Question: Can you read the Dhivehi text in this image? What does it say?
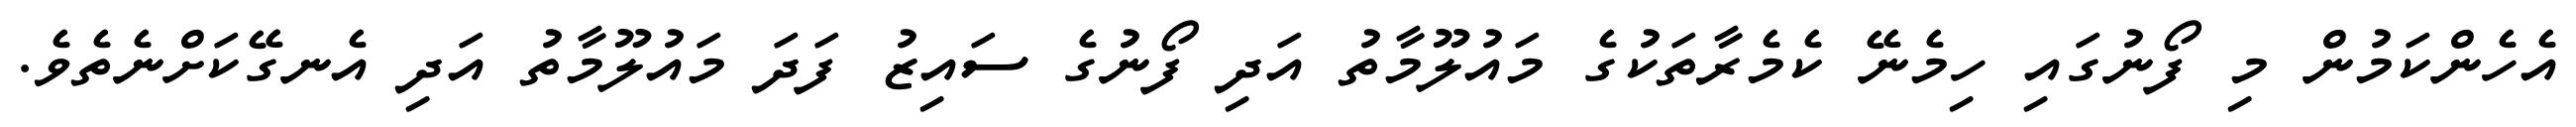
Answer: އެހެންކަމުން މި ފޯނުގައި ހިމެނޭ ކެމެރާތަކުގެ މައުލޫމާތު އަދި ފޯނުގެ ސައިޒު ފަދަ މައުލޫމާތު އަދި އެނގޭކަށްނެތެވެ.